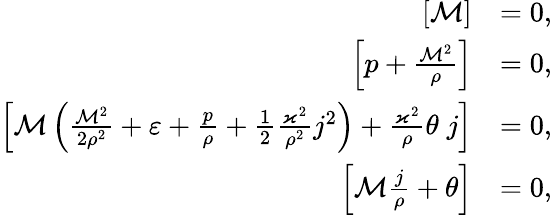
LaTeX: \begin{array}{rl}{\left[\mathcal{M}\right]}&{=0,}\\ {\left[p+\frac{\mathcal{M}^{2}}{\rho}\right]}&{=0,}\\ {\left[\mathcal{M}\left(\frac{\mathcal{M}^{2}}{2\rho^{2}}+\varepsilon+\frac{p}{\rho}+\frac{1}{2}\frac{\varkappa^{2}}{\rho^{2}}j^{2}\right)+\frac{\varkappa^{2}}{\rho}\theta\; j\right]}&{=0,}\\ {\left[\mathcal{M}\frac{j}{\rho}+\theta\right]}&{=0,}\end{array}